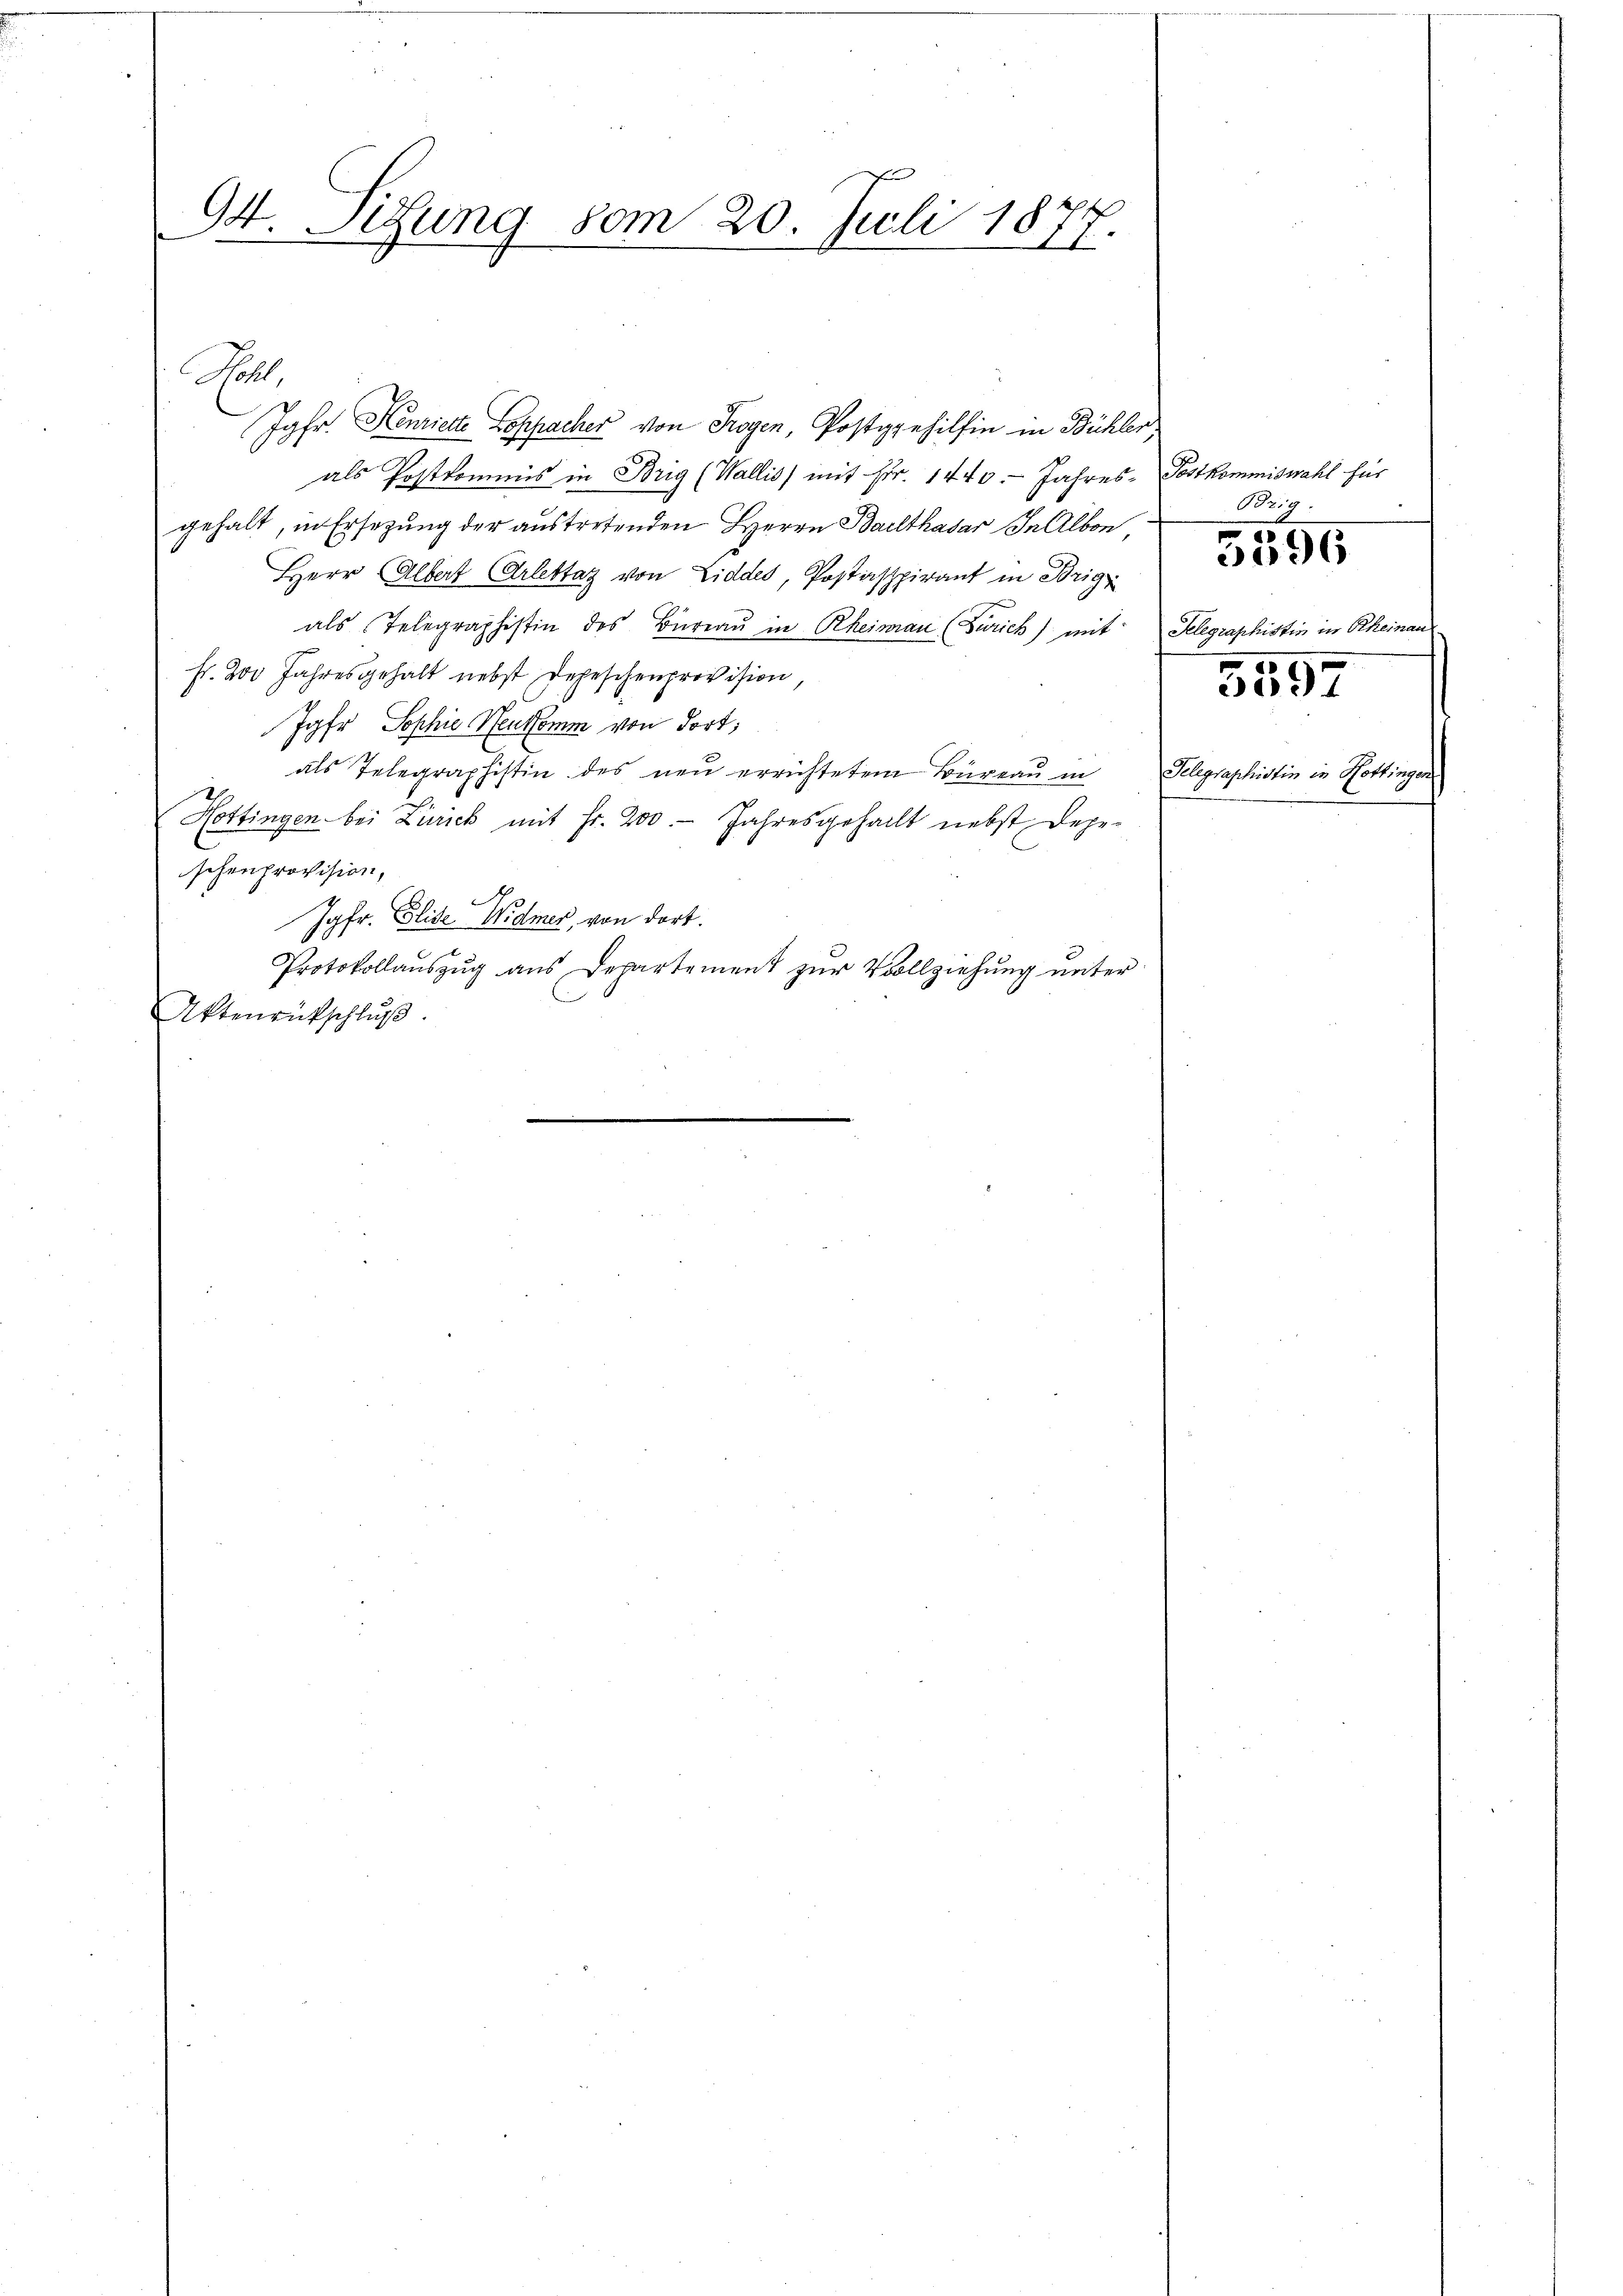
94. Sitzung vom 20. Juli 1877.

Fett,
gfr. Henriette Loppacher von Trogen, Postgehilfen in Bühler.
als Postkommnis in Brig (Wallis) mit Fr. 1440. Jahres-
gehalt, in Ersezung der austretenden Herrn Balthasar In Albon
Herr Albert Arlettaz von Liddes, Postaspirant in Brig
als Telegraphistin des Büreaŭ in Rheinau (Zürich) mit
H. Dr Jahresgehalt nebst Depeschenprovision,
Johr Sophie Neukomm von dort,
als Telegraphistin des neu errichtetem Büreau in
Hottingen bei Zürich mit Fr. 200. Jahresgehallt nebst Dege-
schenprovision,
Jgfr. Elise Widmer, von dort.
Protokollaŭszŭg ans Departement zŭr Vollziehung unter
Aktenrückschluß
.

Postkommiswahl für
Brig.
e
d
5096
Telegraphistin in Rheinau

5597

Telegraphistin in Hottinge